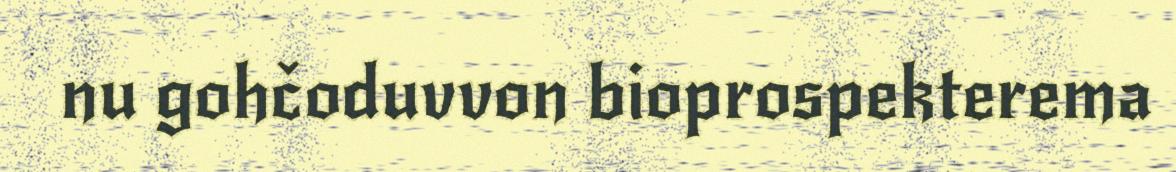
nu gohčoduvvon bioprospekterema